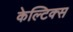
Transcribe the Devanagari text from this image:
केल्टिक्स